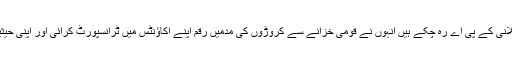
انہوں نے موقف اختیار کیا کہ طارق ایوب خاکوانی جو کہ سید یوسف رضا گیلانی کے پی اے رہ چکے ہیں انہوں نے قومی خزانے سے کروڑوں کی مدمیں رقم اپنے اکاؤنٹس میں ٹرانسپورٹ کرائی اور اپنی حیثیت سے زیادہ اثاثے بنائے اور آئی ایٹ میں65 لاکھ کا پلاٹ بھی الاٹ کرایا ۔